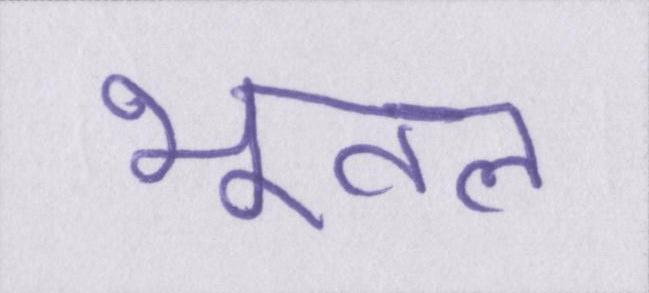
भूतल